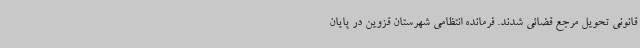
قانونی تحویل مرجع قضائی شدند. فرمانده انتظامی شهرستان قزوین در پایان